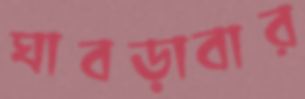
ঘাবড়াবার